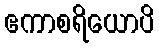
ဧကာစရိယောပိ